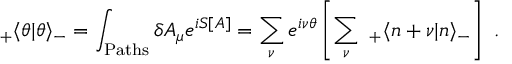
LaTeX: _ + \langle \theta | \theta \rangle _ { - } = \int _ { \mathrm { P a t h s } } \delta A _ { \mu } e ^ { i S [ A ] } = \sum _ { \nu } e ^ { i \nu \theta } \left[ \sum _ { \nu } ~ _ { + } \langle n + \nu | n \rangle _ { - } \right] ~ .